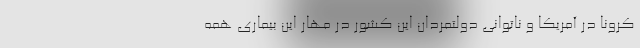
کرونا در آمریکا و ناتوانی دولتمردان این کشور در مهار این بیماری همه